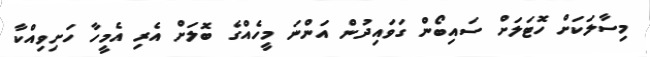
މިސާލަަކަށް ހޮޓަލަށް ސައިބޯން ގަވައިދުން އަންނަ މީހެއްގެ ބޮލަށް އެރި އެމީހާ ހަށިވިއްކާ